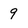
Character: 9